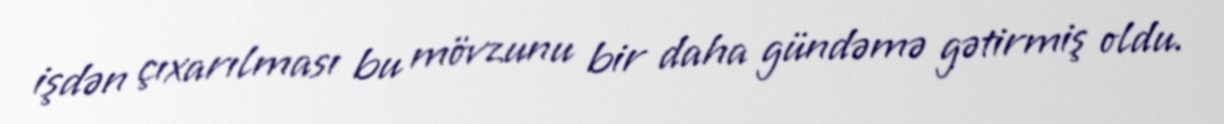
işdən çıxarılması bu mövzunu bir daha gündəmə gətirmiş oldu.